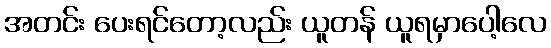
အတင်း ပေးရင်တော့လည်း ယူတန် ယူရမှာပေါ့လေ